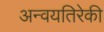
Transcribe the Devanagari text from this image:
अन्वयतिरेकी